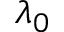
\lambda _ { 0 }